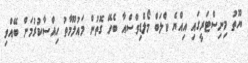
ޔޫތު މިނިސްޓަރީގައި އިއްޔެ ކްލަބް މޯލްޑިވްސްއާ ބެހޭ ގޮތުން މައުލޫމާތު ހިއްސާކުރުމަށް ބޭއްވި